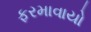
ફરમાવાયો